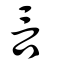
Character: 言